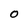
Character: 0